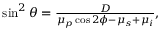
\begin{array} { r } { \sin ^ { 2 } \theta = \frac { D } { \mu _ { p } \cos 2 \phi - \mu _ { s } + \mu _ { i } } , } \end{array}